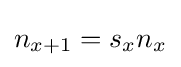
n_{x+1}=s_{x}n_{x}